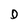
Character: D